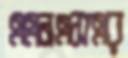
এএনএসএর